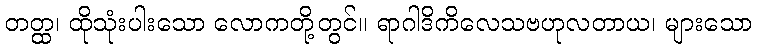
တတ္ထ၊ ထိုသုံးပါးသော လောကတို့တွင်။ ရာဂါဒိကိလေသဗဟုလတာယ၊ များသော